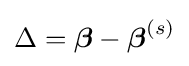
\Delta ={\boldsymbol {\beta }}-{\boldsymbol {\beta }}^{(s)}